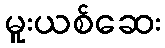
မူးယစ်ဆေး